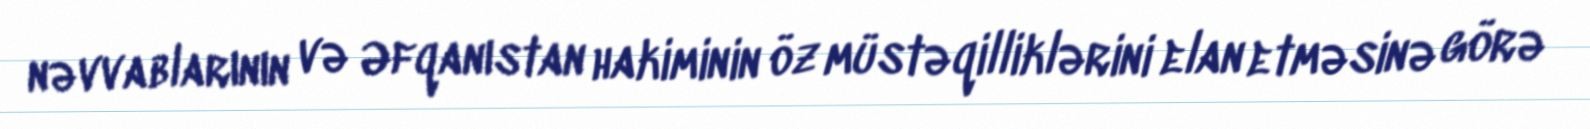
nəvvablarının və Əfqanıstan hakiminin öz müstəqilliklərini elan etməsinə görə